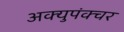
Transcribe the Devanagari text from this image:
अक्युपंक्चर